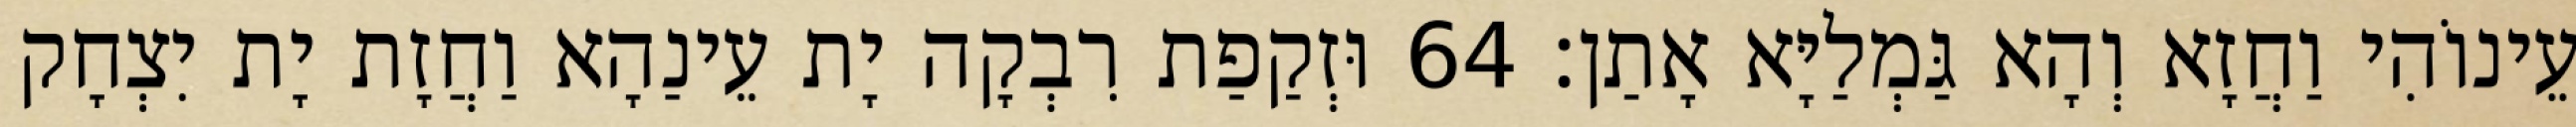
עֵינוֹהִי וַחֲזָא וְהָא גַּמְלַיָּא אָתַן׃ 64 וּזְקַפַת רִבְקָה יָת עֵינַהָא וַחֲזָת יָת יִצְחָק